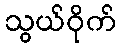
သွယ်ဝိုက်